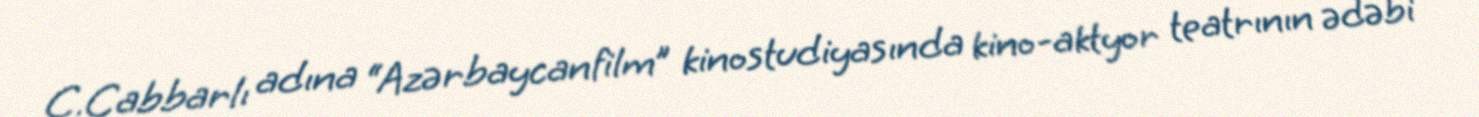
C.Cabbarlı adına “Azərbaycanfilm” kinostudiyasında kino-aktyor teatrının ədəbi